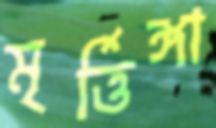
মৃর্ত্তিঙ্গা